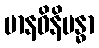
မာနဝိနိဗန္ဓာ